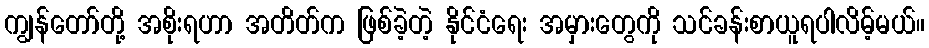
ကျွန်တော်တို့ အစိုးရဟာ အတိတ်က ဖြစ်ခဲ့တဲ့ နိုင်ငံရေး အမှားတွေကို သင်ခန်းစာယူရပါလိမ့်မယ်။